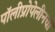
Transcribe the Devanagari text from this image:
पॉलीप्रोपेलीनचा